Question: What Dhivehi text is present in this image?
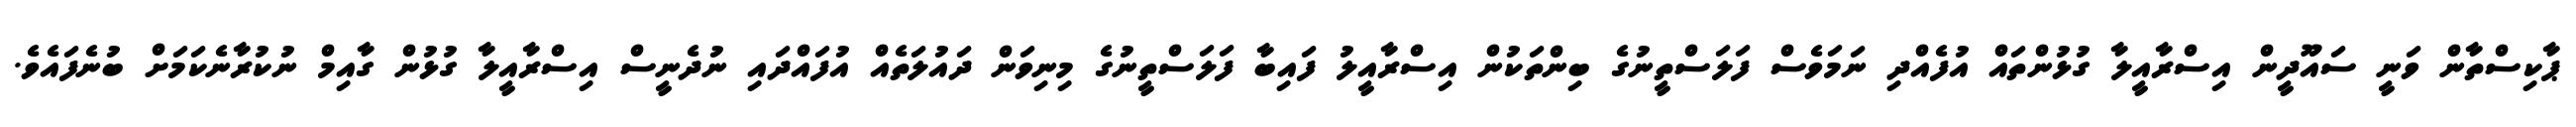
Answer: ޕާކިސްތާން ވަނީ ސައޫދީން އިސްރާއީލާ ގުޅުންތައް އުފެއްދި ނަމަވެސް ފަލަސްތީނުގެ ބިންތަކުން އިސްރާއީލު ފައިބާ ފަލަސްތީނުގެ މިނިވަން ދައުލަތެއް އުފައްދައި ނުދެނީސް އިސްރާއީލާ ގުޅުން ގާއިމް ނުކުރާނެކަމަށް ބުނެފައެވެ.